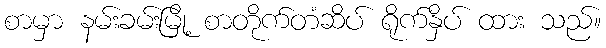
စာမှာ နမ်းခမ်းမြို့ စာတိုက်တံဆိပ် ရိုက်နှိပ် ထား သည်။